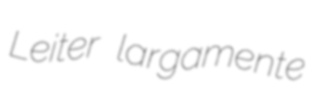
Leiter largamente